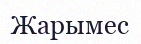
Жарымес